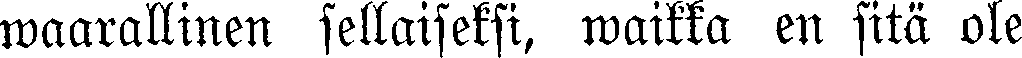
waarallinen sellaiseksi, waikka en sitä ole